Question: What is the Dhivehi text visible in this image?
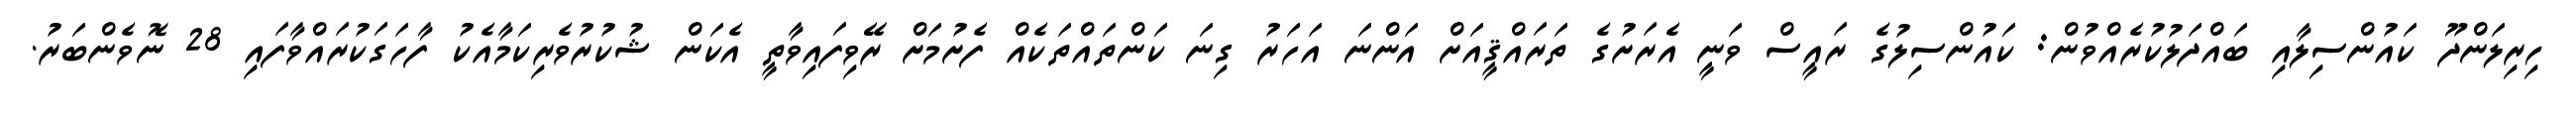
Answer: ހިރިލަންދޫ ކައުންސިލާއި ބައްދަލުކުރެއްވުން: ކައުންސިލުގެ ރައީސް ވަނީ އެރަށުގެ ތަރައްޤީއަށް އަންނަ އަހަރު ގިނަ ކަންތައްތަކެއް ފެށުމަށް ރޭވިފައިވާތީ އެކަން ޝުކުރުވެރިކަމާއެކު ފާހަގަކުރައްވާފައި 28 ނޮވެންބަރު.